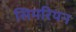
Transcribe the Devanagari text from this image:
सिमरियन